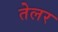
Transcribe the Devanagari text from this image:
तेलर